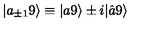
| a _ { \pm 1 } 9 \rangle \equiv | a 9 \rangle \pm i | \hat { a } 9 \rangle